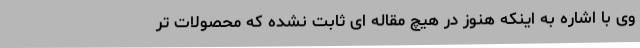
وی با اشاره به اینکه هنوز در هیچ مقاله ای ثابت نشده که محصولات تر